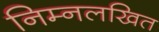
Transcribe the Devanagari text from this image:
निम्नलखित